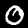
Digit: 0